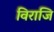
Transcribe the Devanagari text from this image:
विराजि